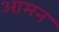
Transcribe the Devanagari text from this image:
आमन